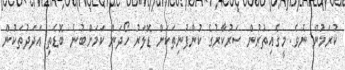
ކުރަމުން ނެވެ. މީގެއިތުރުން ސަރުކާރުގެ ކުންފުނިތަކަށް ޑޮލަރު ހޯދަން ކަމަށްބުނެ ބޮޑެތި އަދަދުތަކުން